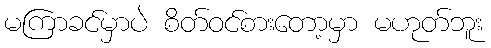
မကြာခင်မှာပဲ စိတ်ဝင်စားတော့မှာ မဟုတ်ဘူး